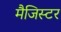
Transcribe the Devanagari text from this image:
मैजिस्टर